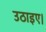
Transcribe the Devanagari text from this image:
उठाइए।